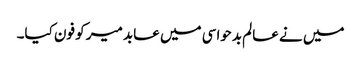
میں نے عالم بدحواسی میں عابد میر کو فون کیا۔